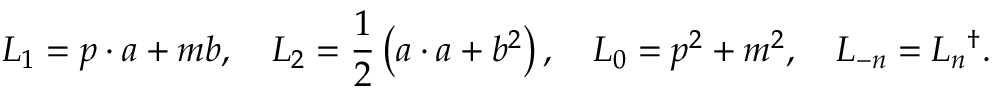
L _ { 1 } = p \cdot a + m b , \quad L _ { 2 } = \frac 1 2 \left( a \cdot a + b ^ { 2 } \right) , \quad L _ { 0 } = p ^ { 2 } + m ^ { 2 } , \quad L _ { - n } = L _ { n } { } ^ { \dag } .